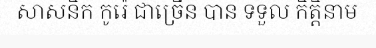
សាសនិក កូរ៉េ ជាច្រើន បាន ទទួល កិត្តិនាម